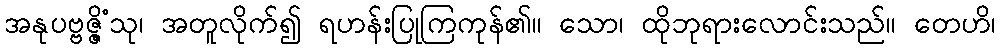
အနုပဗ္ဗဇ္ဇိံသု၊ အတူလိုက်၍ ရဟန်းပြုကြကုန်၏။ သော၊ ထိုဘုရားလောင်းသည်။ တေဟိ၊